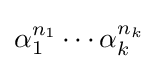
\alpha _{1}^{n_{1}}\cdots \alpha _{k}^{n_{k}}